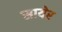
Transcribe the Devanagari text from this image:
सायेर